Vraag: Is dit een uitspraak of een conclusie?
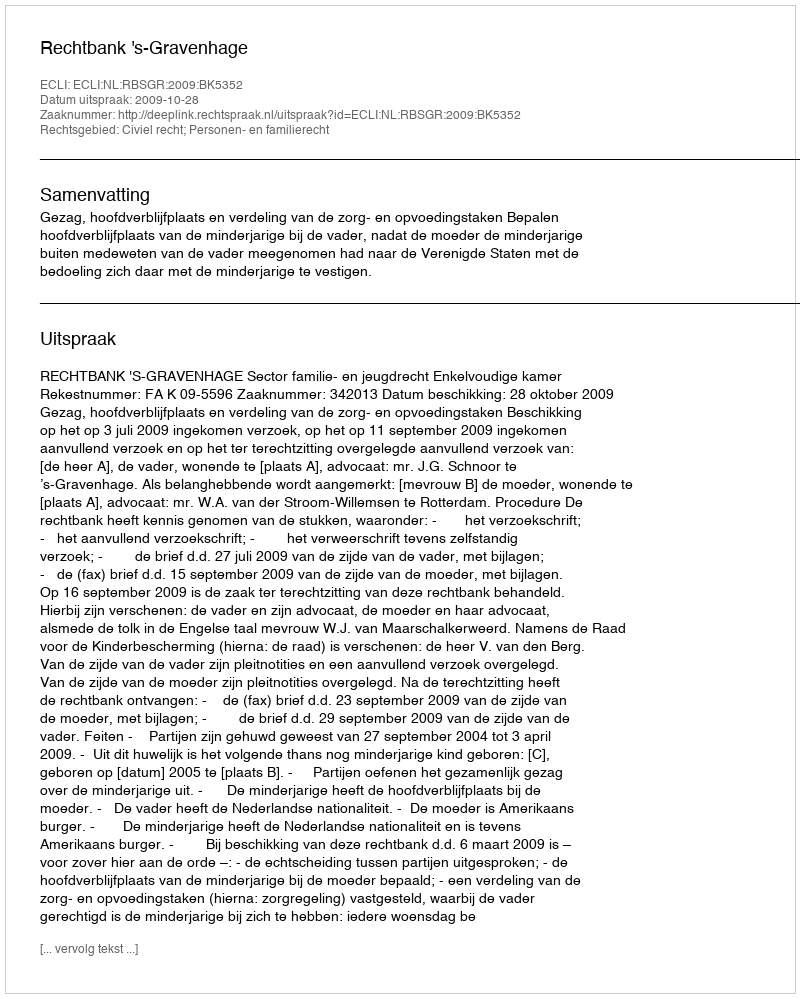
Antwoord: Uitspraak